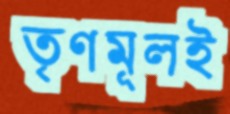
তৃণমূলই